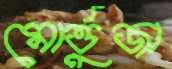
মোর্ত্তুজা